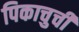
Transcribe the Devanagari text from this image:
पिकाचुची